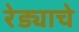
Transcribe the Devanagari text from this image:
रेड्याचे